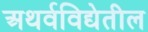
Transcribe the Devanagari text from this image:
अथर्वविद्येतील